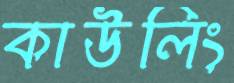
কাউলিং